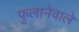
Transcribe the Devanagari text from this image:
फुलानेवाले